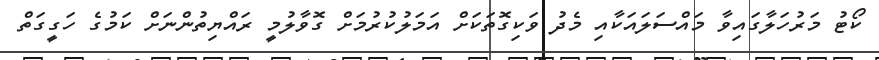
ކޯޓު މަރުހަލާގައިވާ މައްސަލައަކާއި މެދު ވަކިގޮތަކަށް އަމަލުކުރުމަށް ގޮވާލުމީ ރައްޔިތުންނަށް ކަމުގެ ހަގީގަތް